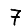
Digit: 7